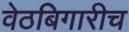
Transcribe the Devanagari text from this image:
वेठबिगारीच